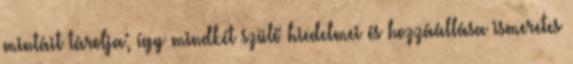
mintáit tárolja; így mindkét szülő hiedelmei és hozzáállása ismeretes